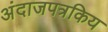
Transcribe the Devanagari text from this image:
अंदाजपत्रकिय